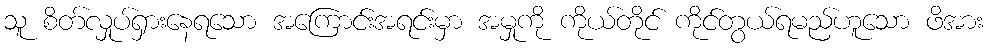
သူ စိတ်လှုပ်ရှားနေရသော အကြောင်းအရင်းမှာ အမှုကို ကိုယ်တိုင် ကိုင်တွယ်ရမည်ဟူသော ဖိအား